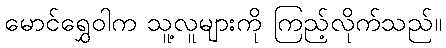
မောင်ရွှေဝါက သူ့လူများကို ကြည့်လိုက်သည်။